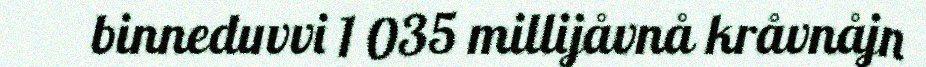
binneduvvi 1 035 millijåvnå kråvnåjn